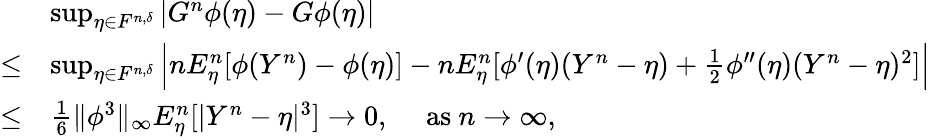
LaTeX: \begin{array}{rl}&{\operatorname*{sup}_{\eta\in F^{n,\delta}}|G^{n}\phi(\eta)-G\phi(\eta)|}\\ {\le}&{\operatorname*{sup}_{\eta\in F^{n,\delta}}\Big|nE_{\eta}^{n}[\phi(Y^{n})-\phi(\eta)]-nE_{\eta}^{n}[\phi^{\prime}(\eta)(Y^{n}-\eta)+\frac 12\phi^{\prime\prime}(\eta)(Y^{n}-\eta)^{2}]\Big|}\\ {\le}&{\frac{1}{6}\| \phi^{3}\| _{\infty}E_{\eta}^{n}[|Y^{n}-\eta|^{3}]\rightarrow 0,\quad\mathrm{~as~}n\rightarrow\infty,}\end{array}